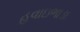
હવાઇભાડા